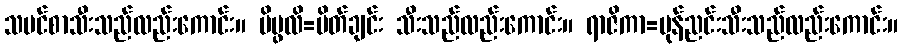
သမင်စာသီးသည်လည်းကောင်း။ ပိပ္ဖလိ=ပိတ်ချင်း သီးသည်လည်းကောင်း။ ရာဇိကာ=မုန်ညင်းသီးသည်လည်းကောင်း။